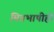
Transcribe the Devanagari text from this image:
मितभाषीही